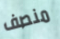
منصف